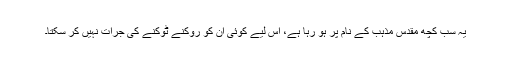
یہ سب کچھ مقدس مذہب کے نام پر ہو رہا ہے، اس لیے کوئی ان کو روکنے ٹوکنے کی جرات نہیں کر سکتا۔